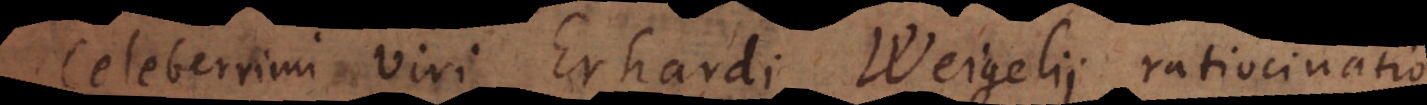
Celeberrimi viri Erhardi Weigelii ratiocinatio